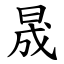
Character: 晟